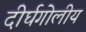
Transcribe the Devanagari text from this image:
दीर्घगोलीय